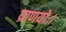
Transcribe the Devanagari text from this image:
घ्राणयोः।